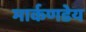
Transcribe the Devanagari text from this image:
मार्कणडेय